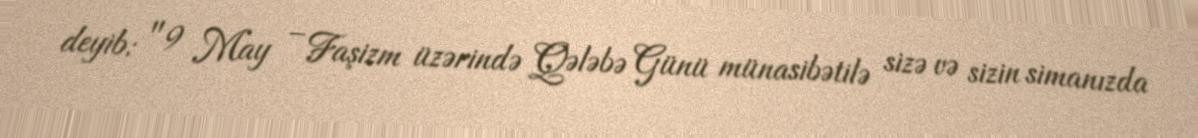
deyib: "9 May – Faşizm üzərində Qələbə Günü münasibətilə sizə və sizin simanızda